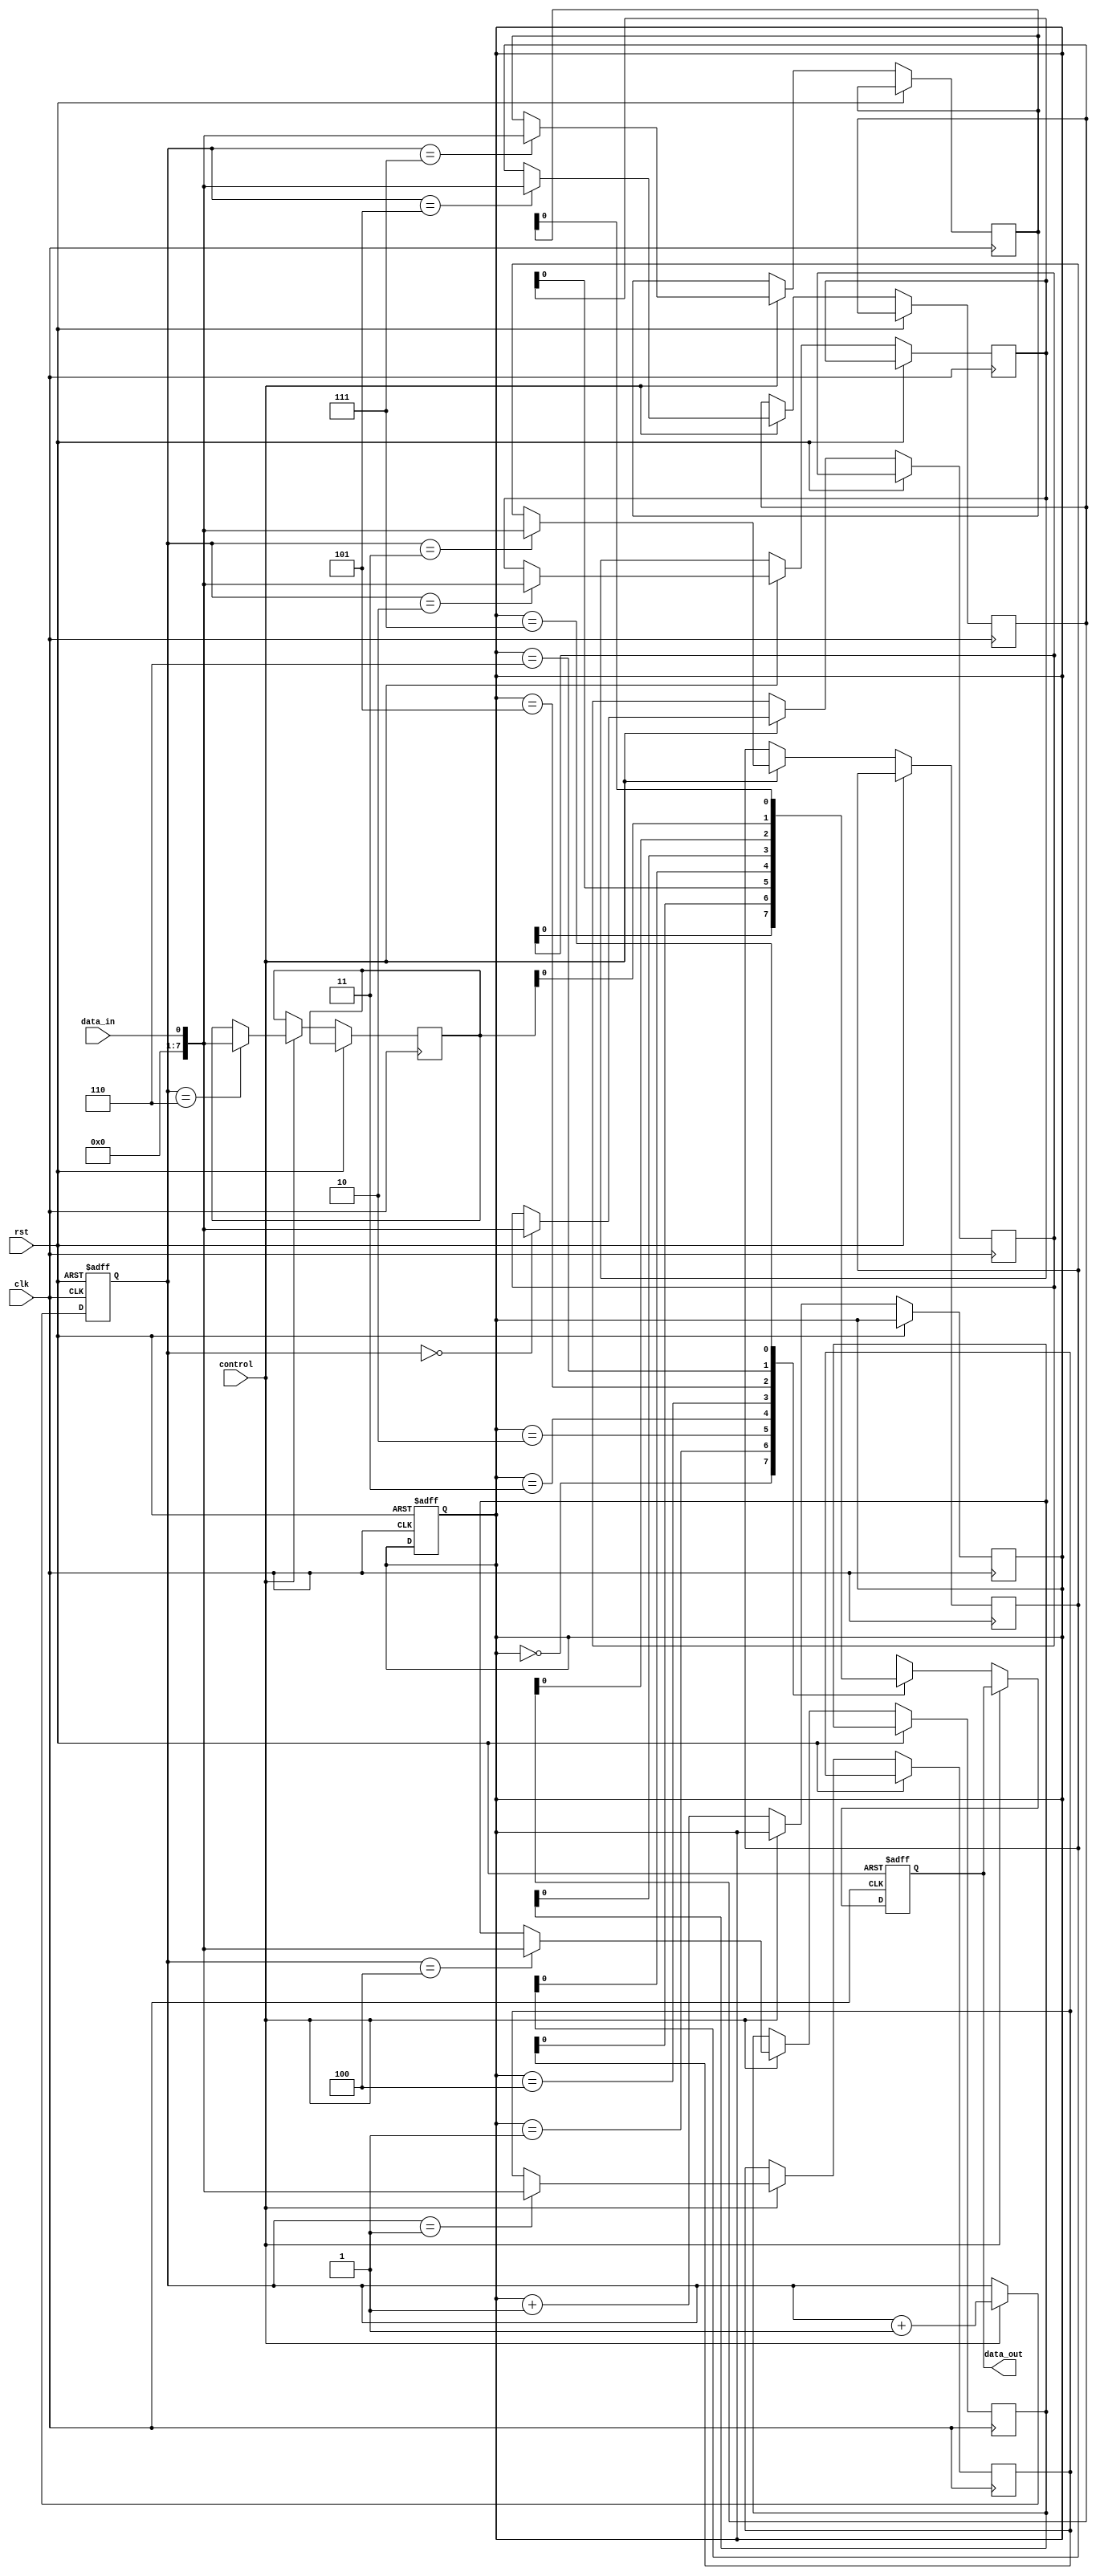
module fifo_buffer (
  input wire clk,
  input wire rst,
  input wire data_in,
  input wire control,
  output reg data_out
);

reg [7:0] fifo[0:7];
reg [2:0] read_ptr, write_ptr;

always @(posedge clk or posedge rst) begin
  if (rst) begin
    read_ptr <= 3'b000;
    write_ptr <= 3'b000;
  end else begin
    if (control) begin
      fifo[write_ptr] <= data_in;
      write_ptr <= write_ptr + 1;
    end
  end
end

always @(posedge clk or posedge rst) begin
  if (rst) begin
    data_out <= 8'b0;
  end else begin
    if (!control) begin
      data_out <= fifo[read_ptr];
      read_ptr <= read_ptr + 1;
    end
  end
end

endmodule